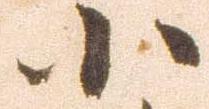
小